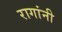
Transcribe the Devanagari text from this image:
रागांनी